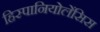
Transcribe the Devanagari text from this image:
हिस्पानियोलेंसिस